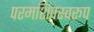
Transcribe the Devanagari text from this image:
परमशिवस्वरूप